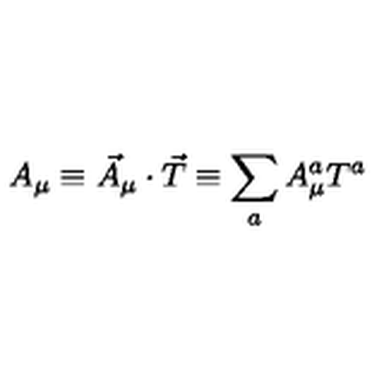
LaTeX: A _ { \mu } \equiv \vec { A } _ { \mu } \cdot \vec { T } \equiv \sum _ { a } A _ { \mu } ^ { a } T ^ { a }